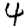
Digit: 4